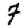
Digit: 7